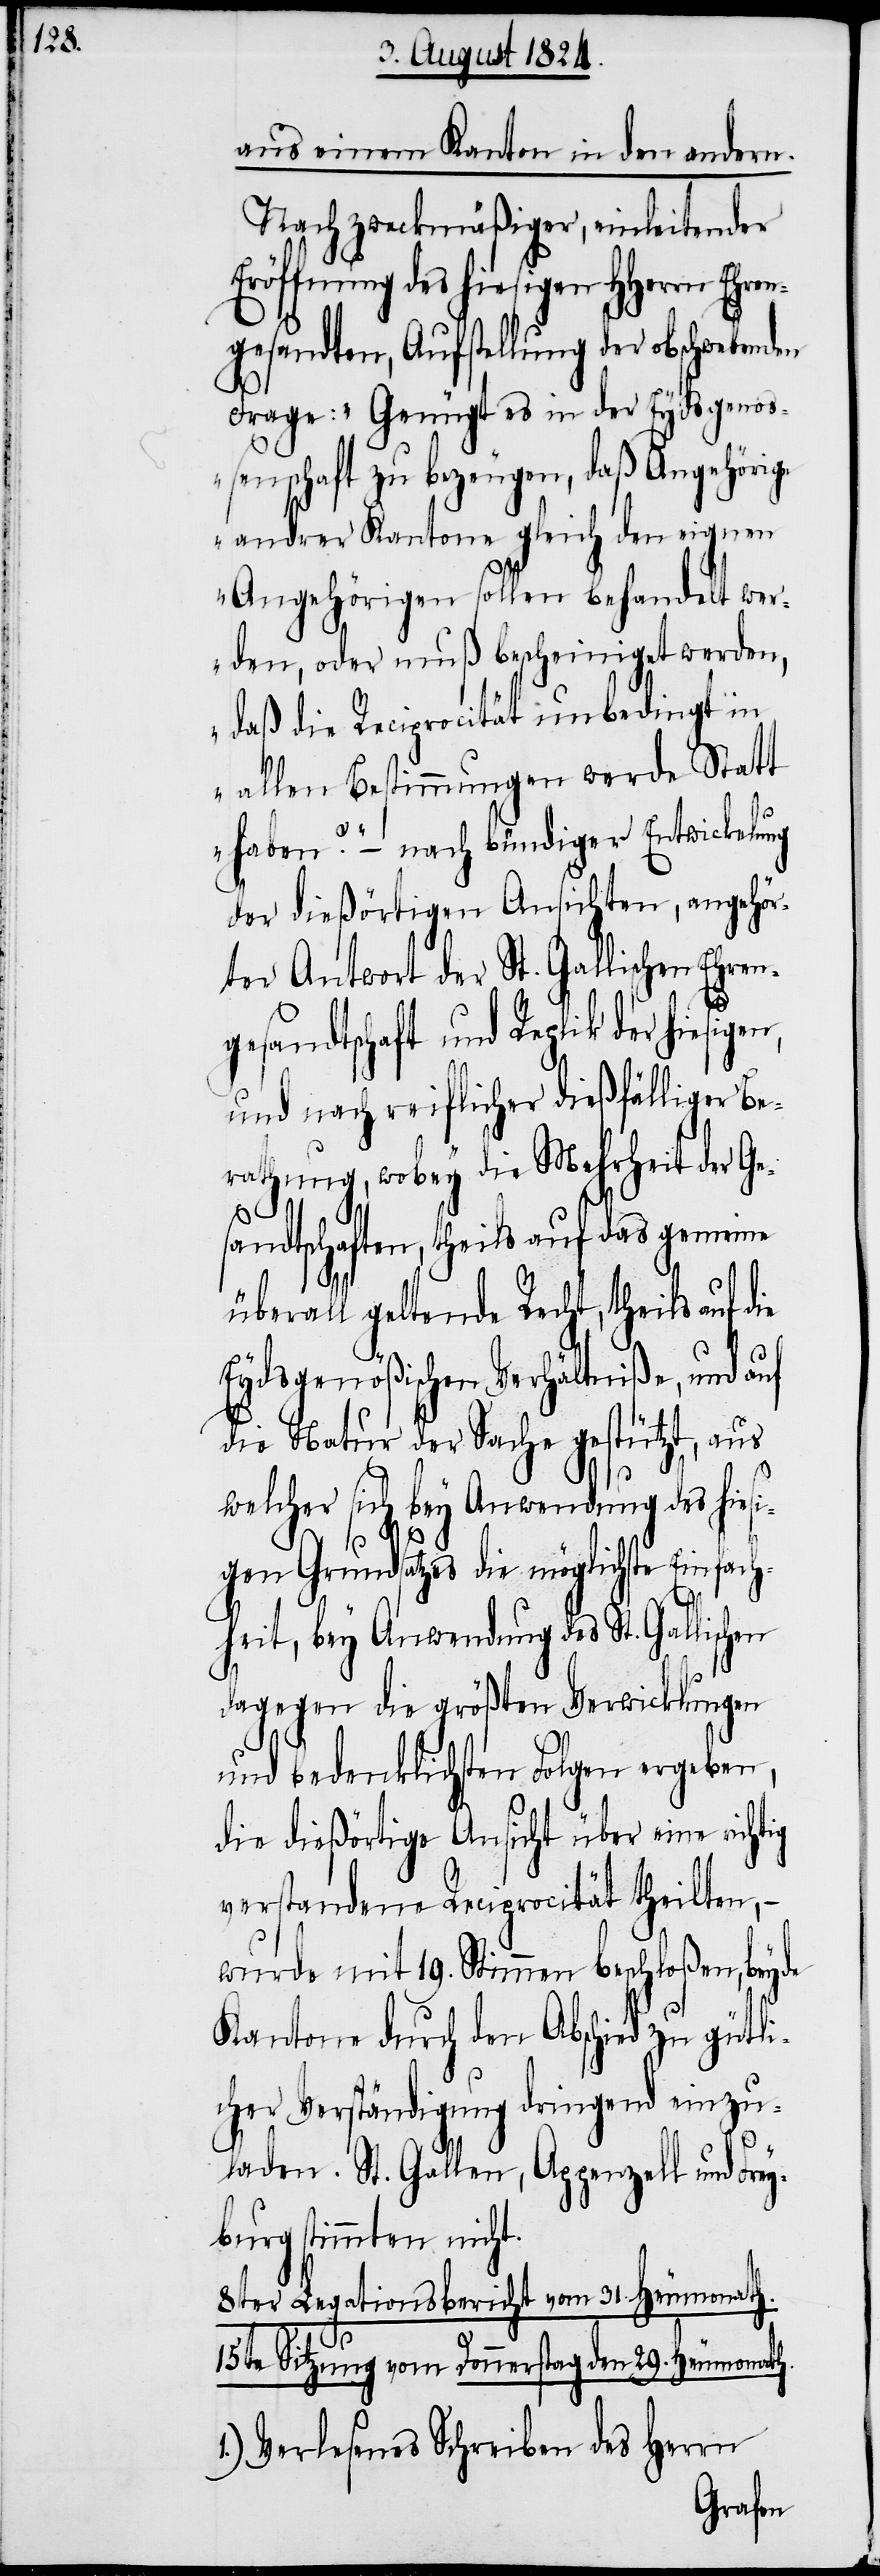
ren¬

aus einem Kanton in den andern.
Nach zweckmäßiger, einleitender
Eröffnung des hiesigen Herren Eh¬
gesandten, Aufstellung der obschwebenden
Frage: „Genügt es in der Eydsgenoß¬
enschaft zu bezeugen, daß Angehörige
andrer Kantone gleich den eignen
Angenörigen sollen behandelt wer¬
den, oder muß bescheiniget werden,
daß die Reciprocität unbedingt in
allen Bestimmungen werde Statt
haben?“ – nach bündiger Entwickelung
der dießörtigen Ansichten, angehör¬
ter Antwort der St Gallischen Ehre¬
ngesandtschaft und Replik der hiesige¬
und nach reiflicher dießfälliger Be¬
rathung, wobey die Mehrheit der Ge¬
sandtschaften, theils auf das gemeine
überall geltende Recht, theils auf die
Eydsgenößischen Verhältniße, und auf
die Natur der Sache gestützt, aus
ig
welcher sich bey Anwendung des hies¬
igen Grundsatzes die möglichste Einfach¬
heit, bey Anwendung des St. Gallischen
dagegen die größten Verwicklungen
und bedenklichen Folgen ergeben,
die dießörtige Ansicht über eine richt¬
verstandene Reciprocität theilten, –
wurde mit 19. Stimmen beschloßen, beyde
Kantone durch den Abschied zu gütli¬
cher Verständigung dringend einzu¬
laden. St. Gallen, Appenzell und Fre¬
yburg stimmten nicht.
8ter Legationsbericht vom 31. Heumonath.
15te Sitzung vom Donnerstag den 29. Heumonath.
1.) Verlesenes Schreiben des Herrn